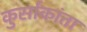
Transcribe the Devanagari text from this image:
कुर्साकांता